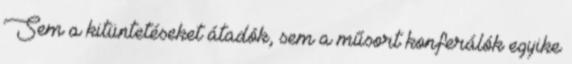
Sem a kitüntetéseket átadók, sem a műsort konferálók egyike